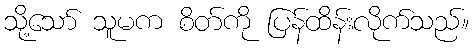
သို့သော် သူမက စိတ်ကို ပြန်ထိန်းလိုက်သည်။